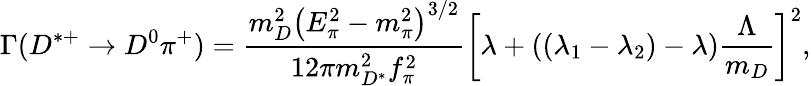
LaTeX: \Gamma(D^{*+}\rightarrow D^{0}\pi^{+})={\frac{m_{D}^{2}\left(E_{\pi}^{2}-m_{\pi}^{2}\right)^{3/2}}{12\pi m_{D^{*}}^{2}f_{\pi}^{2}}}\left[\lambda+\left((\lambda_{1}-\lambda_{2})-\lambda\right){\frac{\Lambda}{m_{D}}}\right]^{2},